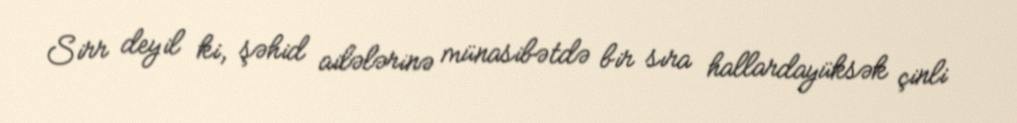
Sirr deyil ki, şəhid ailələrinə münasibətdə bir sıra hallardayüksək çinli